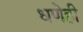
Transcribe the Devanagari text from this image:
धणेही